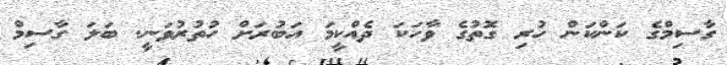
ގާސިމްގެ ކަންކަން ހުރި ގޮތުގެ ވާހަކަ ދެއްކީމަ އަބުރަށް ހުތުރުވަނީ. ބަލަ ގާސިމް